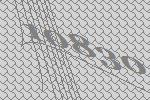
10830